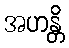
အဟန္တိ